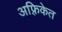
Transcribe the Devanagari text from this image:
अफ़्रिकेत